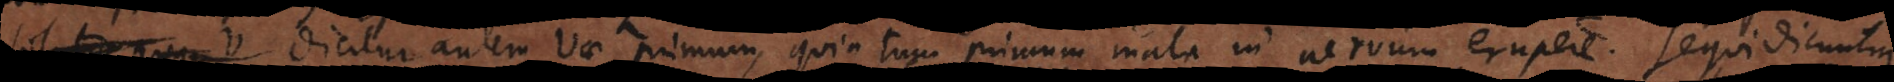
V Dicitur autem Vae primum, quia tum primum mala in nervum erupere. Sequi dicuntur